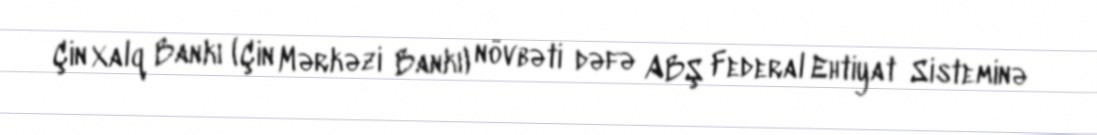
Çin Xalq Bankı (Çin Mərkəzi Bankı) növbəti dəfə ABŞ Federal Ehtiyat Sisteminə